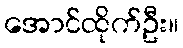
အောင်ထိုက်ဦး။